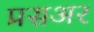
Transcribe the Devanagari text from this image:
प्रसअर